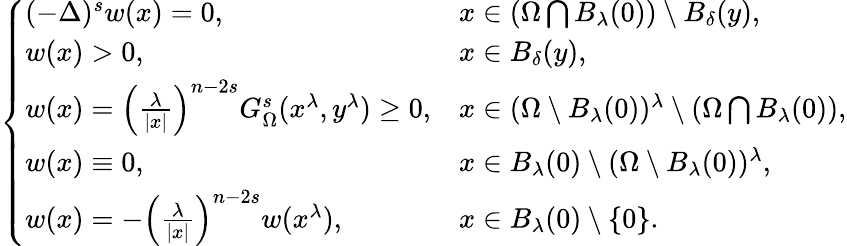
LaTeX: \left\{ \begin{array}{ll}{(-\Delta)^{s}w(x)=0,\ \ \ \ }&{x\in\left(\Omega\bigcap B_{\lambda}(0)\right)\setminus B_{\delta}(y),}\\ {w(x)>0,}&{x\in B_{\delta}(y),}\\ {w(x)=\left(\frac{\lambda}{|x|}\right)^{n-2s}G_{\Omega}^{s}(x^{\lambda},y^{\lambda})\geq 0,}&{x\in(\Omega\setminus B_{\lambda}(0))^{\lambda}\setminus(\Omega\bigcap B_{\lambda}(0)),}\\ {w(x)\equiv 0,}&{x\in B_{\lambda}(0)\setminus(\Omega\setminus B_{\lambda}(0))^{\lambda},}\\ {w(x)=-\left(\frac{\lambda}{|x|}\right)^{n-2s}w(x^{\lambda}),}&{x\in B_{\lambda}(0)\setminus\{ 0\} .}\end{array}\right.